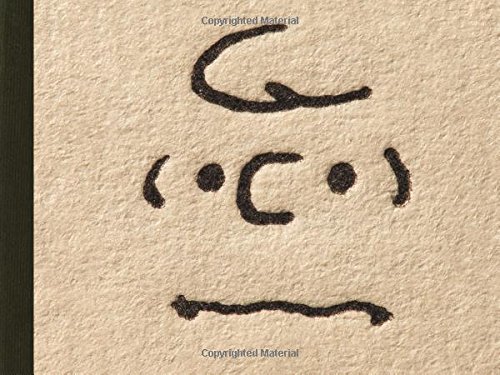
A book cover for Only What's Necessary: Charles M. Schulz and the Art of Peanuts; Chip Kidd; Comics & Graphic Novels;